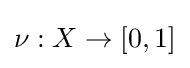
\nu :X\to [0,1]